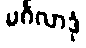
မင်္ဂလာဒုံ